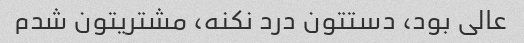
عالی بود، دستتون درد نکنه، مشتریتون شدم